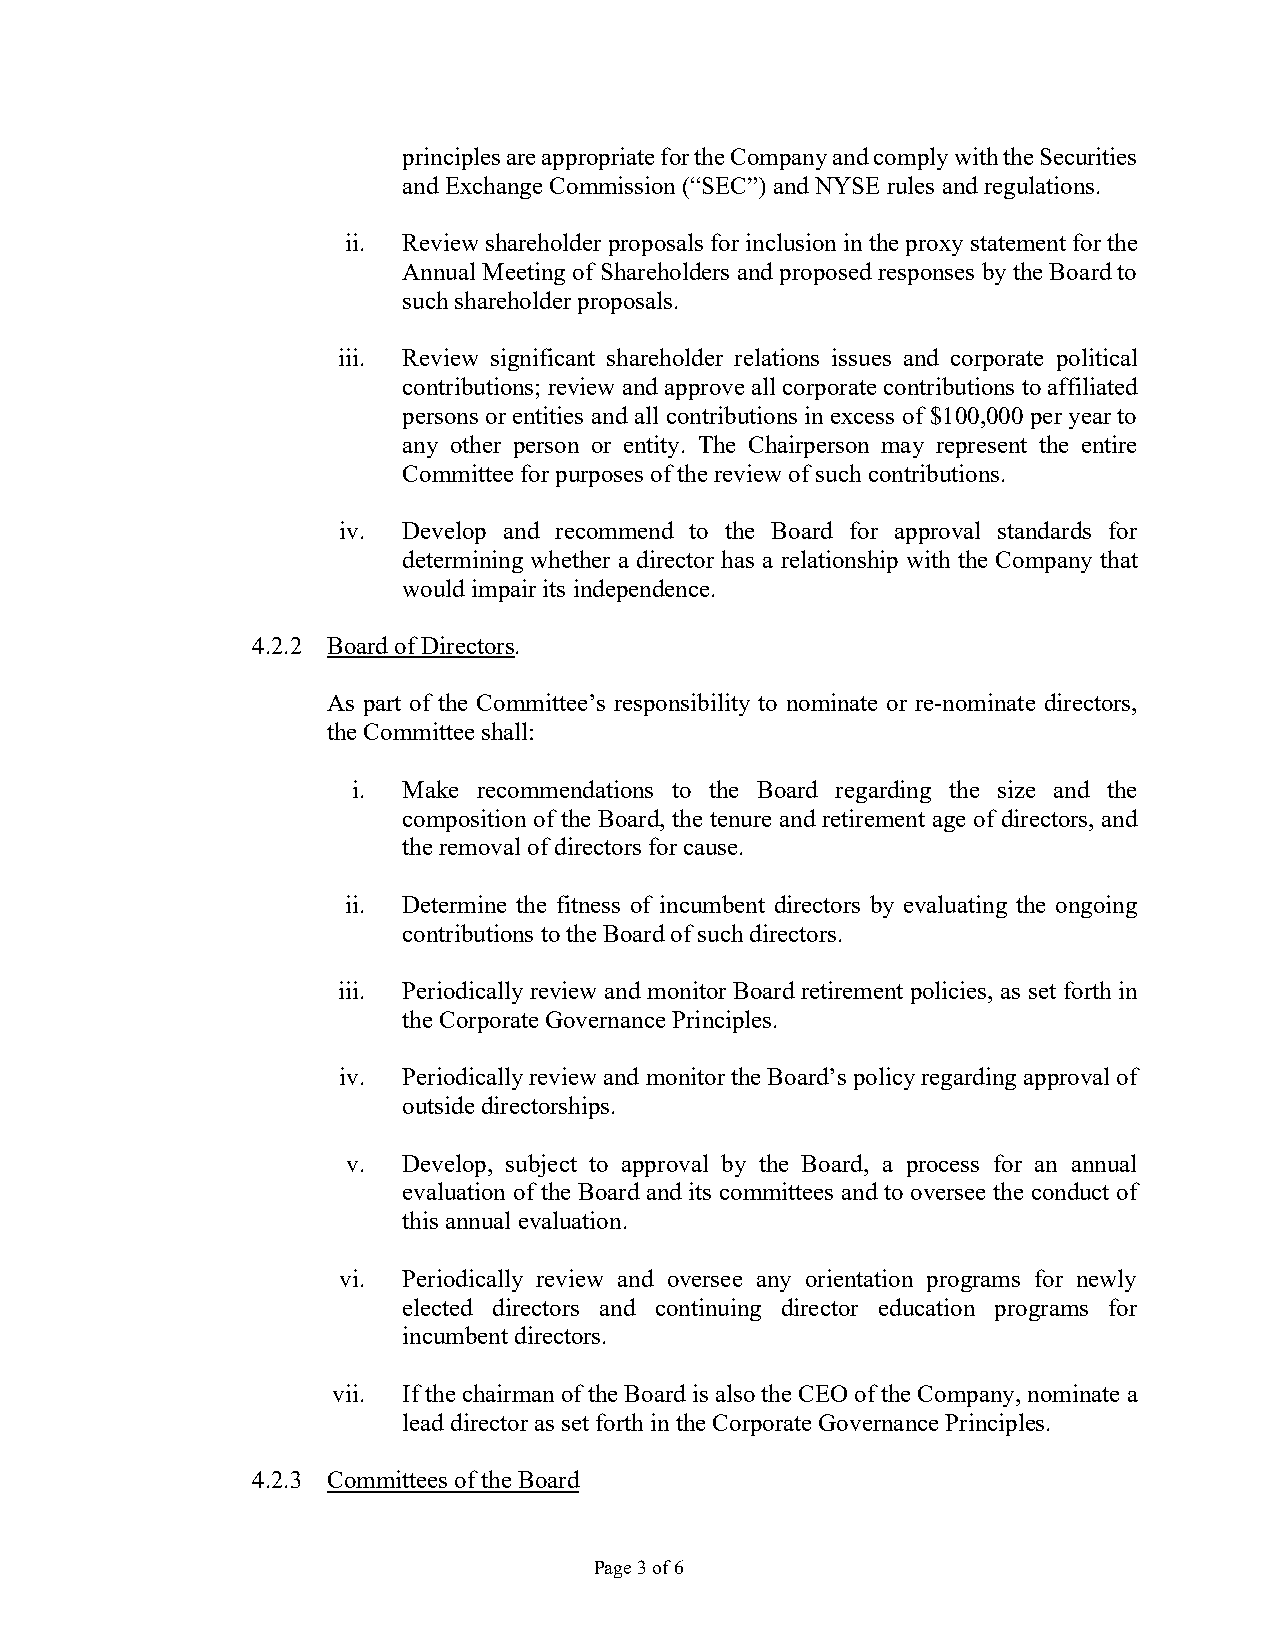
principles are appropriate for the Company and comply with the Securities
 and Exchange Commission (“SEC”) and NYSE rules and regulations.
 ii. Review shareholder proposals for inclusion in the proxy statement for the
 Annual Meeting of Shareholders and proposed responses by the Board to
 such shareholder proposals.
 iii. Review significant shareholder relations issues and corporate political
 contributions; review and approve all corporate contributions to affiliated
 persons or entities and all contributions in excess of $100,000 per year to
 any other person or entity. The Chairperson may represent the entire
 Committee for purposes of the review of such contributions.
 iv.  Develop and recommend to the Board for approval standards for
 determining whether a director has a relationship with the Company that
 would impair its independence.
 4.2.2 Board of Directors.
 As part of the Committee’s responsibility to nominate or re-nominate directors,
 the Committee shall:
 i.  Make recommendations to the Board regarding the size and the
 composition of the Board, the tenure and retirement age of directors, and
 the removal of directors for cause.
 ii. Determine the fitness of incumbent directors by evaluating the ongoing
 contributions to the Board of such directors.
 iii. Periodically review and monitor Board retirement policies, as set forth in
 the Corporate Governance Principles.
 iv.  Periodically review and monitor the Board’s policy regarding approval of
 outside directorships.
 v.  Develop, subject to approval by the Board, a process for an annual
 evaluation of the Board and its committees and to oversee the conduct of
 this annual evaluation.
 vi.  Periodically review and oversee any orientation programs for newly
 elected directors and continuing director education programs for
 incumbent directors.
 vii. If the chairman of the Board is also the CEO of the Company, nominate a
 lead director as set forth in the Corporate Governance Principles.
 4.2.3 Committees of the Board
 Page 3 of 6